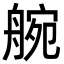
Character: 䑱